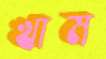
খাম